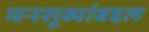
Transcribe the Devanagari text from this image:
मनसूब्यांबद्दल